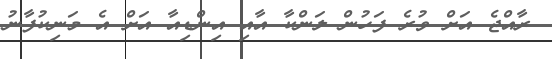
ރާއްޖެ އަށް ވުރެ ފަހުން ލަންކާ އާއި އިންޑިއާ އަށް އެ މަނިކުފާނު